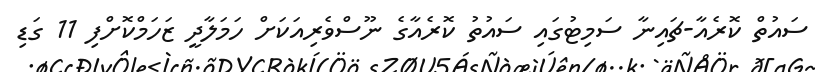
ސައުތް ކޮރެއާ-ޗައިނާ ސަމިޓުގައި ސައުތު ކޮރެއާގެ ނޫސްވެރިއަކަށް ހަމަލާދީ ޒަހަމްކޮށްފި 11 ގަޑި